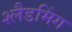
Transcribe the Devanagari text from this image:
श्लैडमिंग